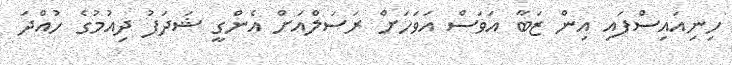
ހިނިއައިސްފައި އިން ޒަބާ އަވަސް އަވަހަށް ރަސަލްއަށް އެންގީ ޝަދަފު ދިއުމުގެ ހުއްދަ